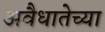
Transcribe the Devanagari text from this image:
अवैधातेच्या